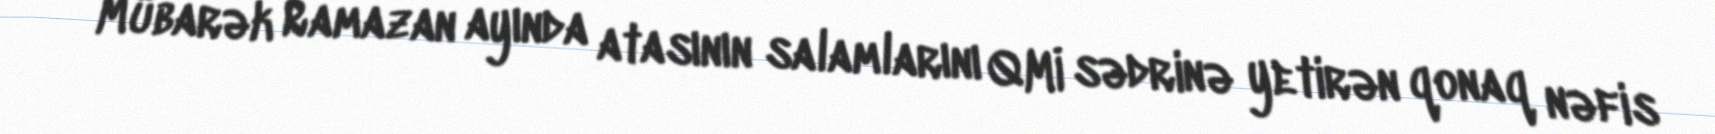
Mübarək Ramazan ayında atasının salamlarını QMİ sədrinə yetirən qonaq nəfis